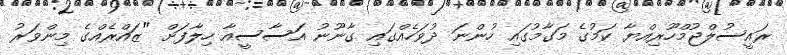
ރައީސުލްޖުމްހޫރިއްޔާ ކަމުގެ މަގާމުގައި ހުންނަ ދުވަހެއްގައި ގާނޫނު އަސާސީއާ ހިލާފަށް "ޒައްރެއްގެ މިންވަރު